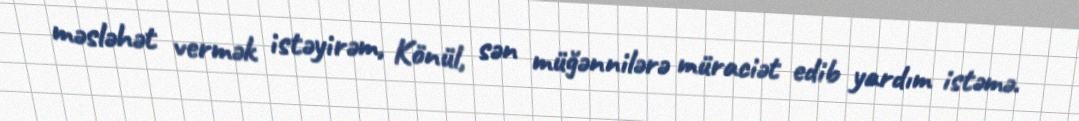
məsləhət vermək istəyirəm, Könül, sən müğənnilərə müraciət edib yardım istəmə.